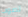
تصوب